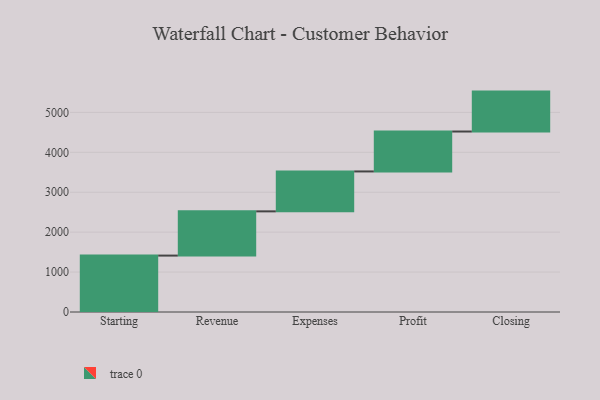
{"axis": {"x": "Step", "y": "Value"}, "legend": [""], "data": [{"x": "Starting", "y": 1413.0, "type": ""}, {"x": "Revenue", "y": 1108.0, "type": ""}, {"x": "Expenses", "y": 1000, "type": ""}, {"x": "Profit", "y": 1000, "type": ""}, {"x": "Closing", "y": 1000, "type": ""}]}